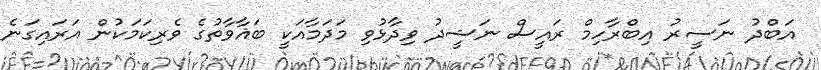
އަބްދު ނަސީރު އިބްރާހިމް ރައީސް ނަޝީދު ވިދާޅުވި މަދަމާއަކީ ބަޣާވާތުގެ ވެރިކަމަކުން އަރައިގަނެ